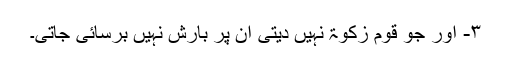
۳- اور جو قوم زکوٰۃ نہیں دیتی ان پر بارش نہیں برسائی جاتی۔